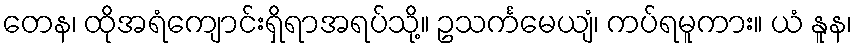
တေန၊ ထိုအရံကျောင်းရှိရာအရပ်သို့။ ဥသင်္ကမေယျံ၊ ကပ်ရမူကား။ ယံ နူန၊